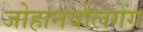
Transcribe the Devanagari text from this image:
जोहानवोलगेंग